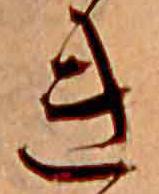
き